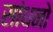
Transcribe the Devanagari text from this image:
सांधनो